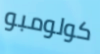
كولومبو